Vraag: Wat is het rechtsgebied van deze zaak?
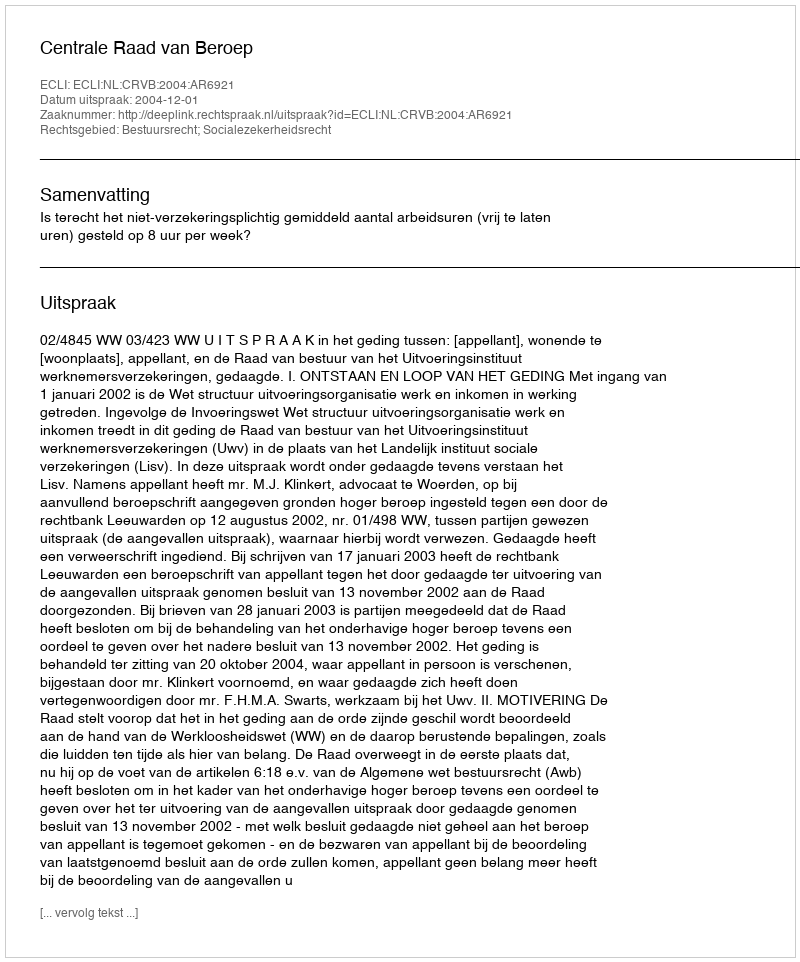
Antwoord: Bestuursrecht; Socialezekerheidsrecht